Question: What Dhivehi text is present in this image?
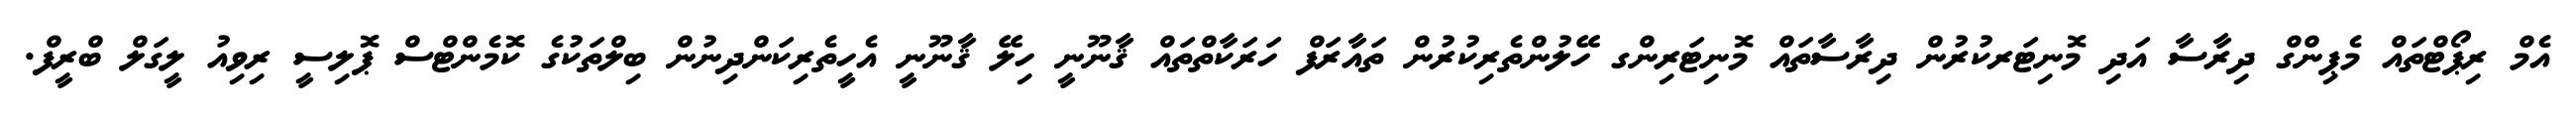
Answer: އެމް ރިޕޯޓްތައް މެޕިންގް ދިރާސާ އަދި މޮނިޓަރކުރުން ދިރާސާތައް މޮނިޓަރިންގ ހޭލުންތެރިކުރުން ތައާރަފް ހަރަކާތްތައް ޤާނޫނީ ހިލޭ ޤާނޫނީ އެހީތެރިކަންދިނުން ބިލްތަކުގެ ކޮމެންޓްސް ޕޮލިސީ ރިވިއު ލީގަލް ބްރީފް.